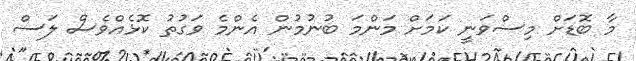
މާ ބޮޑަށް މިސްވަނީ ކަމަށް މަންމަ ބުނުމުން އެންމެ ވަގުތު ކޮޅެއްވެސް ލަސް